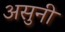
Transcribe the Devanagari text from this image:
असुनी